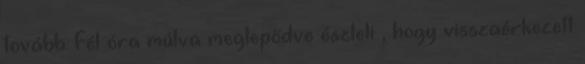
tovább. Fél óra múlva meglepődve észleli , hogy visszaérkezett